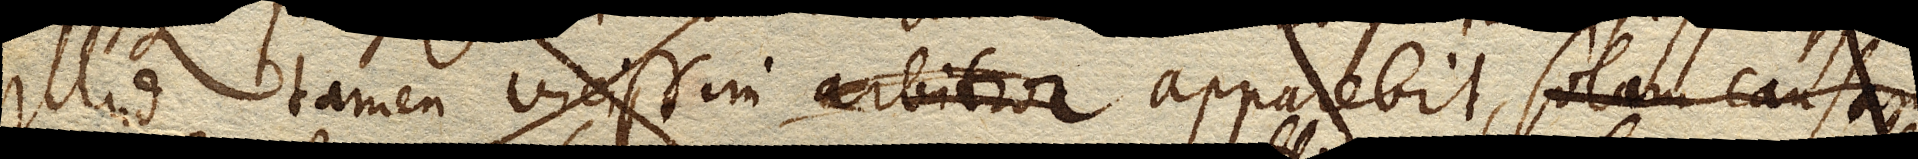
illud tamen vicissim arbitror apparebit,